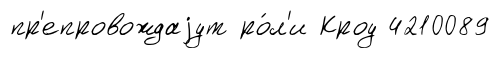
пр'епровождаjут ро́л'и Кроу 4210089